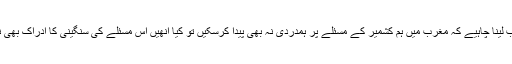
کیا اس سے یہ مطلب لینا چاہیے کہ مغرب میں ہم کشمیر کے مسئلے پر ہمدردی نہ بھی پیدا کرسکیں تو کیا انھیں اس مسئلے کی سنگینی کا ادراک بھی نہیں کروایا جاسکتا؟